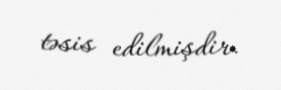
təsis edilmişdir.